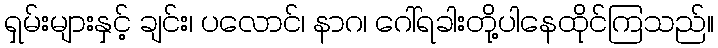
ရှမ်းများနှင့် ချင်း၊ ပလောင်၊ နာဂ၊ ဂေါ်ရခါးတို့ပါနေထိုင်ကြသည်။